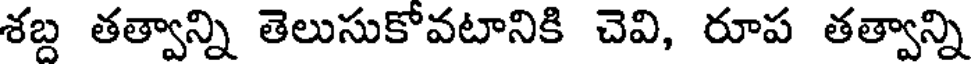
శబ్ద తత్వాన్ని తెలుసుకోవటానికి చెవి, రూప తత్వాన్ని